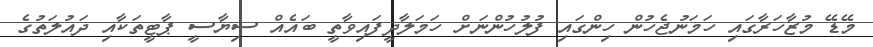
މޭޑޭ މުޒާހަރާގައި ހަމަނުޖެހުން ހިންގައި ފުލުހުންނަށް ހަމަލާދީފައިވާތީ ބައެއް ސިޔާސީ ޕާޓީތަކާއި ދައުލަތުގެ